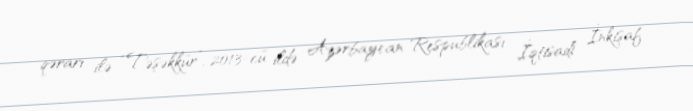
qərarı ilə “Təşəkkür”, 2013-cü ildə Azərbaycan Respublikası İqtisadi İnkişaf